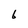
Character: 6